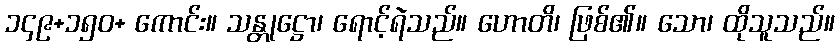
၁၄၉+၁၅၀+ ကောင်း။ သန္တုဋ္ဌော၊ ရောင့်ရဲသည်။ ဟောတိ၊ ဖြစ်၏။ သော၊ ထိုသူသည်။